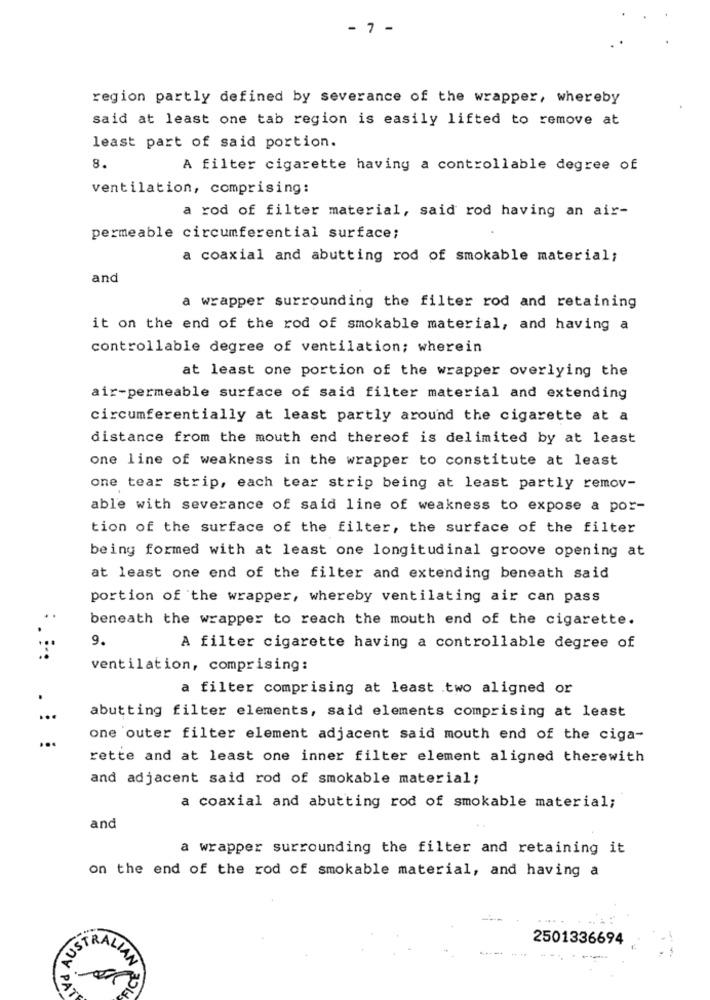
- 7 -
region partly defined by severance of the wrapper, whereby
said at least one tab region is easily lifted to remove at
least part of said portion.
8.
A filter cigarette having a controllable degree of
ventilation, comprising:
a rod of filter material, said rod having an air-
permeable circumferential surface;
a coaxial and abutting rod of smokable material;
and
a wrapper surrounding the filter rod and retaining
it on the end of the rod of smokable material, and having a
controllable degree of ventilation; wherein
at least one portion of the wrapper overlying the
air-permeable surface of said filter material and extending
circumferentially at least partly around the cigarette at a
distance from the mouth end thereof is delimited by at least
one line of weakness in the wrapper to constitute at least
one tear strip, each tear strip being at least partly remov-
able with severance of said line of weakness to expose a por-
tion of the surface of the filter, the surface of the filter
being formed with at least one longitudinal groove opening at
at least one end of the filter and extending beneath said
portion of the wrapper, whereby ventilating air can pass
beneath the wrapper to reach the mouth end of the cigarette.
9.
A filter cigarette having a controllable degree of
ventilation, comprising:
a filter comprising at least .two aligned or
abutting filter elements, said elements comprising at least
one outer filter element adjacent said mouth end of the ciga-
rette and at least one inner filter element aligned therewith
and adjacent said rod of smokable material;
a coaxial and abutting rod of smokable material;
and
a wrapper surrounding the filter and retaining it
on the end of the rod of smokable material, and having a
2501336694
--
ALIAN
SON PAT